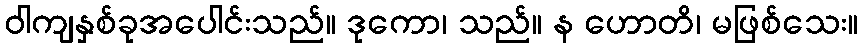
ဝါကျနှစ်ခုအပေါင်းသည်။ ဒုကော၊ သည်။ န ဟောတိ၊ မဖြစ်သေး။